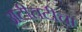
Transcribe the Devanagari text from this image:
अटीतटीचा